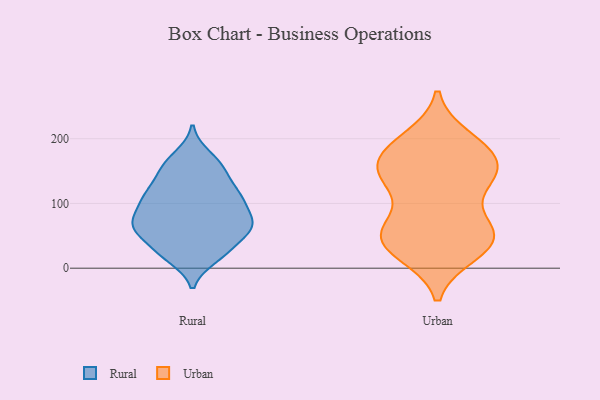
{"axis": {"x": "Market Share (%)", "y": "Value"}, "legend": ["Rural", "Urban"], "data": [{"x": "", "y": 26, "type": "Rural"}, {"x": "", "y": 106, "type": "Rural"}, {"x": "", "y": 116, "type": "Rural"}, {"x": "", "y": 155, "type": "Rural"}, {"x": "", "y": 114, "type": "Rural"}, {"x": "", "y": 22, "type": "Rural"}, {"x": "", "y": 63, "type": "Rural"}, {"x": "", "y": 16, "type": "Rural"}, {"x": "", "y": 74, "type": "Rural"}, {"x": "", "y": 69, "type": "Rural"}, {"x": "", "y": 156, "type": "Rural"}, {"x": "", "y": 98, "type": "Rural"}, {"x": "", "y": 174, "type": "Rural"}, {"x": "", "y": 62, "type": "Rural"}, {"x": "", "y": 67, "type": "Rural"}, {"x": "", "y": 43, "type": "Rural"}, {"x": "", "y": 66, "type": "Rural"}, {"x": "", "y": 139, "type": "Rural"}, {"x": "", "y": 107, "type": "Rural"}, {"x": "", "y": 55, "type": "Urban"}, {"x": "", "y": 64, "type": "Urban"}, {"x": "", "y": 48, "type": "Urban"}, {"x": "", "y": 165, "type": "Urban"}, {"x": "", "y": 191, "type": "Urban"}, {"x": "", "y": 131, "type": "Urban"}, {"x": "", "y": 25, "type": "Urban"}, {"x": "", "y": 200, "type": "Urban"}, {"x": "", "y": 54, "type": "Urban"}, {"x": "", "y": 156, "type": "Urban"}, {"x": "", "y": 151, "type": "Urban"}, {"x": "", "y": 30, "type": "Urban"}, {"x": "", "y": 60, "type": "Urban"}, {"x": "", "y": 53, "type": "Urban"}, {"x": "", "y": 187, "type": "Urban"}, {"x": "", "y": 135, "type": "Urban"}, {"x": "", "y": 143, "type": "Urban"}, {"x": "", "y": 181, "type": "Urban"}, {"x": "", "y": 23, "type": "Urban"}, {"x": "", "y": 134, "type": "Urban"}]}